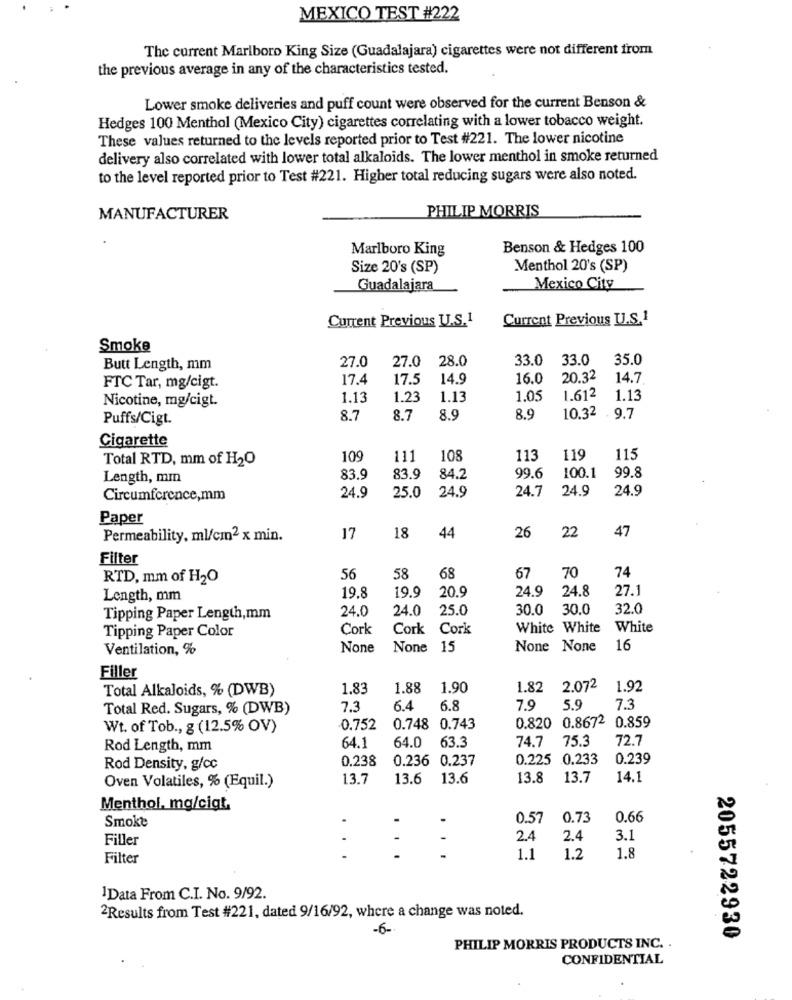
MEXICO TEST #222
The current Marlboro King Size (Guadalajara) cigarettes were not different from
the previous average in any of the characteristics tested.
Lower smoke deliveries and puff count were observed for the current Benson &
Hedges 100 Menthol (Mexico City) cigarettes correlating with a lower tobacco weight.
These values returned to the levels reported prior to Test #221. The lower nicotine
delivery also correlated with lower total alkaloids. The lower menthol in smoke returned
to the level reported prior to Test #221. Higher total reducing sugars were also noted.
PHILIP MORRIS
MANUFACTURER
Marlboro King
Benson & Hedges 100
Size 20's (SP)
Menthol 20's (SP)
Guadalajara
Mexico City
Current Previous U.S.1
Current Previous U.S.1
Smoke
27.0
28.0
33.0
33.0
35.0
Butt Length, mm
27.0
17.4
17.5
14.9
16.0
20.32
14.7
FTC Tar, mg/cigt.
1.13
1.23
1.13
1.05
1.612
1.13
Nicotine, mg/cigt.
Puffs/Cigt.
8.7
8.7
8.9
8.9
10.32 . 9.7
Cigarette
Total RTD, mm of H2O
109
111
108
113
119
115
99.8
Length, mm
83.9
83.9
84.2
99.6
100.1
24.9
25.0
24.9
24.7
24.9
24.9
Circumference,mm
Paper
18
26
22
47
Permeability, ml/cm2 x min.
17
44
Filter
68
70
RTD, mm of H2O
56
58
67
74
19.9
24.9
24.8
27.1
Length, mm
19.8
20.9
24.0
24.0
25.0
30.0
30.0
32.0
Tipping Paper Length, mm
Tipping Paper Color
Cork
Cork Cork
White White
White
Ventilation, %
None 15
None None
16
Filler
Total Alkaloids, % (DWB)
1.83
1.88
1.90
1.82 2.072
1.92
Total Red. Sugars, % (DWB)
7.3
6.4
6.8
7.9
5.9
7.3
0.820 0.8672 0.859
Wt. of Tob ., g (12.5% OV)
0.752
0.748 0.743
64.1
64.0
63.3
74.7
75.3
72.7
Rod Length, mm
0.238
0.236 0.237
0.225
.0.233
0.239
Rod Density, g/cc
13.7
13.6
13.6
13.8
13.7
14.1
Oven Volatiles, % (Equil.)
Menthol, mg/ciat,
0.57
0.73
0.66
Smoke
Filler
2.4
2.4
3.1
Filter
1.1
1.2
1.8
1Data From C.I. No. 9/92.
2Results from Test #221, dated 9/16/92, where a change was noted.
-6-
2055722930
PHILIP MORRIS PRODUCTS INC. .
CONFIDENTIAL